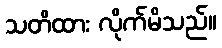
သတိထား လိုက်မိသည်။